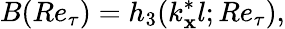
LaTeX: B(Re_{\tau})=h_{3}(k_{\mathbf{x}}^{*}l;Re_{\tau}),